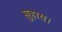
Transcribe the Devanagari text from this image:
सुहाय।